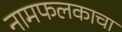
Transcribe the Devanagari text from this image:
नामफलकाचा